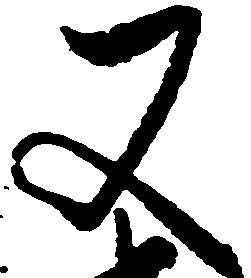
又